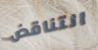
التناقض